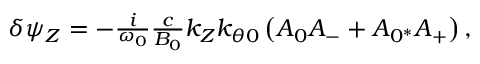
\begin{array} { r } { \delta \psi _ { Z } = - \frac { i } { \omega _ { 0 } } \frac { c } { B _ { 0 } } k _ { Z } k _ { \theta 0 } \left( A _ { 0 } A _ { - } + A _ { 0 ^ { * } } A _ { + } \right) , } \end{array}